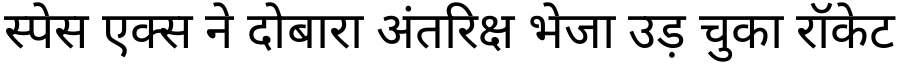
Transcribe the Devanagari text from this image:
स्पेस एक्स ने दोबारा अंतरिक्ष भेजा उड़ चुका रॉकेट